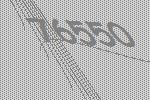
76550